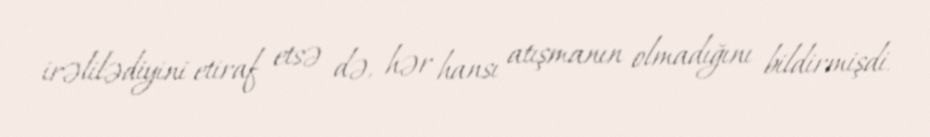
irəlilədiyini etiraf etsə də, hər hansı atışmanın olmadığını bildirmişdi.